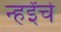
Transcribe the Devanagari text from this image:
न्हईंचे